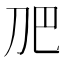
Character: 𭃋